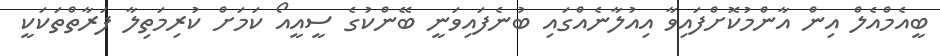
ބީއެމްއެލް އިން އާންމުކޮށްފައިވާ އިއުލާނެއްގައި ބުނެފައިވަނީ ބޭންކުގެ ސީއީއޯ ކަމަށް ކުރިމަތިލާ ފަރާތްތަކަކީ